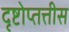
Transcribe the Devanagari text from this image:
दृष्टोप्तत्तीस